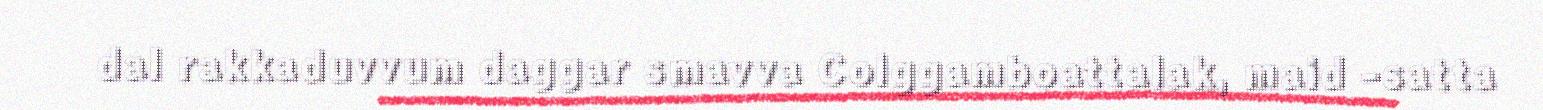
dal rakkaduvvum daggar smavva Colggamboattalak, maid -satta